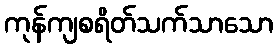
ကုန်ကျစရိတ်သက်သာသော